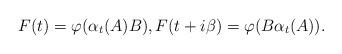
LaTeX: \begin{align*}F(t)=\varphi(\alpha_t(A)B),F(t+i\beta)=\varphi(B\alpha_t(A)).\end{align*}